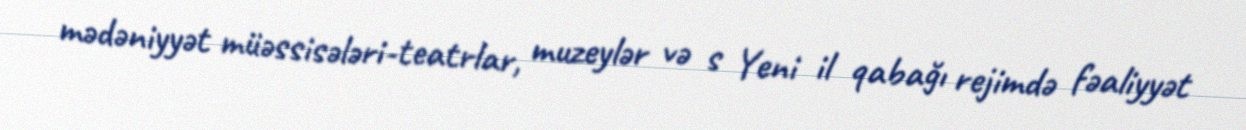
mədəniyyət müəssisələri-teatrlar, muzeylər və s Yeni il qabağı rejimdə fəaliyyət